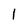
Character: l